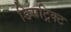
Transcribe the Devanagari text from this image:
डिसट्रिक्ट